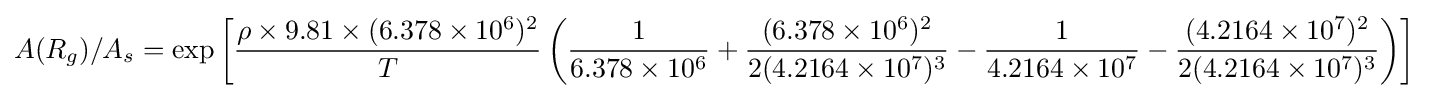
A(R_{g})/A_{s}=\exp \left[{\frac {\rho \times 9.81\times (6.378\times 10^{6})^{2}}{T}}\left({\frac {1}{6.378\times 10^{6}}}+{\frac {(6.378\times 10^{6})^{2}}{2(4.2164\times 10^{7})^{3}}}-{\frac {1}{4.2164\times 10^{7}}}-{\frac {(4.2164\times 10^{7})^{2}}{2(4.2164\times 10^{7})^{3}}}\right)\right]